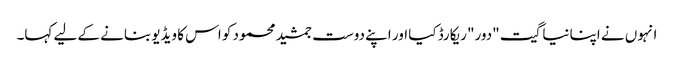
انہوں نے اپنا نیا گیت "دور" ریکارڈ کیا اور اپنے دوست جمشید محمود کو اس کا ویڈیو بنانے کے لیے کہا۔